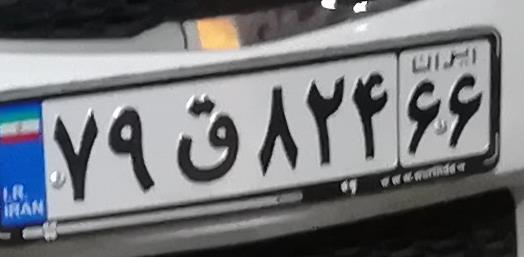
۷۹ق۸۲۴۶۶